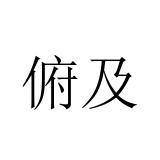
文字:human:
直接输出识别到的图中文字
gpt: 俯及